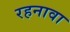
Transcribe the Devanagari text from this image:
रहनावा